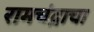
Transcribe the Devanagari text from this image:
रामचंद्राचा